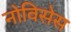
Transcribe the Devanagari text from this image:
नोविसेस